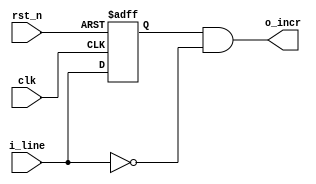
module rd_incr_gen (input wire clk,
                    input wire rst_n,
                    input wire i_line,
                    output wire o_incr);
    
    reg i_line_delayed;
    
    always @(posedge clk or negedge rst_n) begin
        if (!rst_n)
            i_line_delayed <= 1'b0;
        else
            i_line_delayed <= i_line;
    end
    
    assign o_incr = i_line_delayed & (~i_line);
endmodule